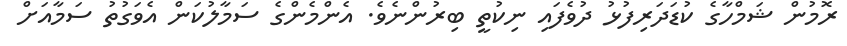
ރޮމުން ޝަމްހާގެ ކުޑަދަރިފުޅު ދުވެފައި ނިކުތީ ބިރުންނެވެ. އެންމެންގެ ސަމާލުކަން އެވަގުތު ސަމާއަށް